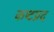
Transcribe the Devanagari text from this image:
कष्‍टप्रद